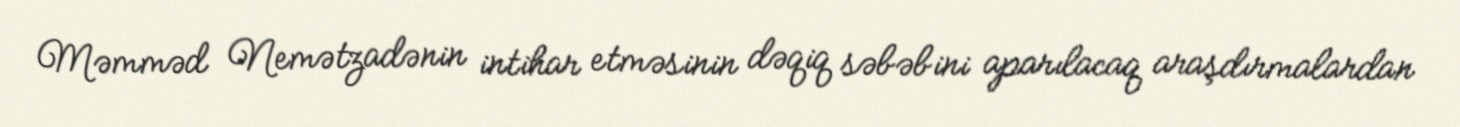
Məmməd Nemətzadənin intihar etməsinin dəqiq səbəbini aparılacaq araşdırmalardan